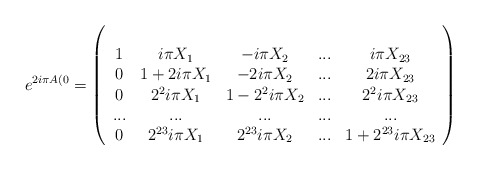
\begin{align*}e^{2i\pi A(0}=\left(\begin{array}{ccccc}\\1&i\pi X_1&-i\pi X_2 & ...& i\pi X_{23}\\0&1+2i\pi X_1 & -2i\pi X_2 & ... & 2i\pi X_{23} \\0&2^2i\pi X_1 & 1 - 2^2i\pi X_2 & ...& 2^2i\pi X_{23} \\...&...&...&...&...\\0&2^{23}i\pi X_1&2^{23}i\pi X_2&...&1+2^{23}i\pi X_{23}\\\end{array}\right)\end{align*}